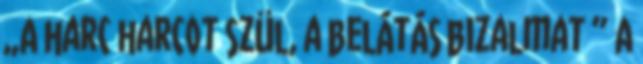
„A harc harcot szül, a belátás bizalmat ” A